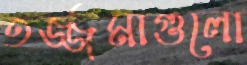
তর্জ্জমাগুলো